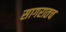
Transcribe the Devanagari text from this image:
सागरातच